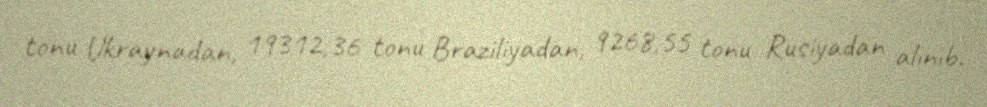
tonu Ukraynadan, 19312,36 tonu Braziliyadan, 9268,55 tonu Rusiyadan alınıb.